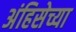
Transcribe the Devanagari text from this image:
अंहिसेच्या